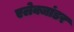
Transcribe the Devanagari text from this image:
एलेक्जांडर